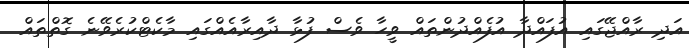
އަދި ރާއްޖޭގައި އުފައްދާ އުފެއްދުންތައް ވީހާ ވެސް ފުޅާ ދާއިރާއެއްގައި މާކެޓްކުރެވޭނެ ގޮތްތައް